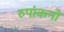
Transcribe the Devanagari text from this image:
रुपांकनों